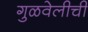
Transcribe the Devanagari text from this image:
गुळवेलीची